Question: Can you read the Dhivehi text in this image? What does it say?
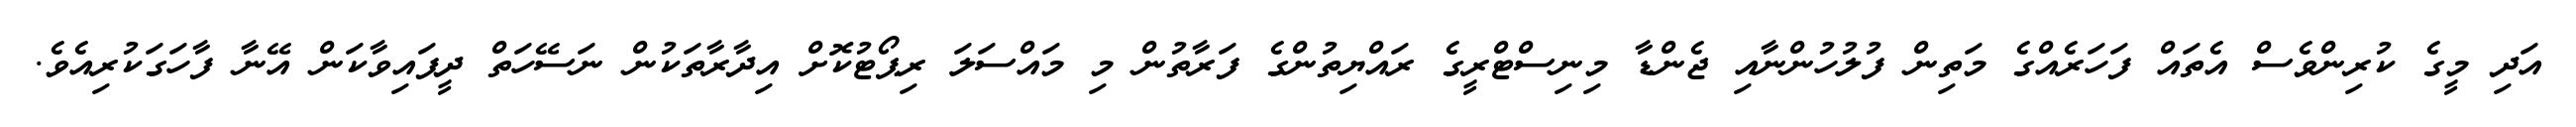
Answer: އަދި މީގެ ކުރިންވެސް އެތައް ފަހަރެއްގެ މަތިން ފުލުހުންނާއި ޖެންޑާ މިނިސްޓްރީގެ ރައްޔިތުންގެ ފަރާތުން މި މައްސަލަ ރިޕޯޓުކޮށް އިދާރާތަކުން ނަސޭހަތް ދީފައިވާކަން އޭނާ ފާހަގަކުރިއެވެ.